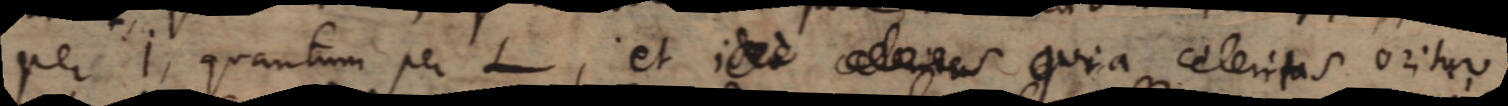
per I, quantum per L, et ideo celeritas quia celeritas oritur